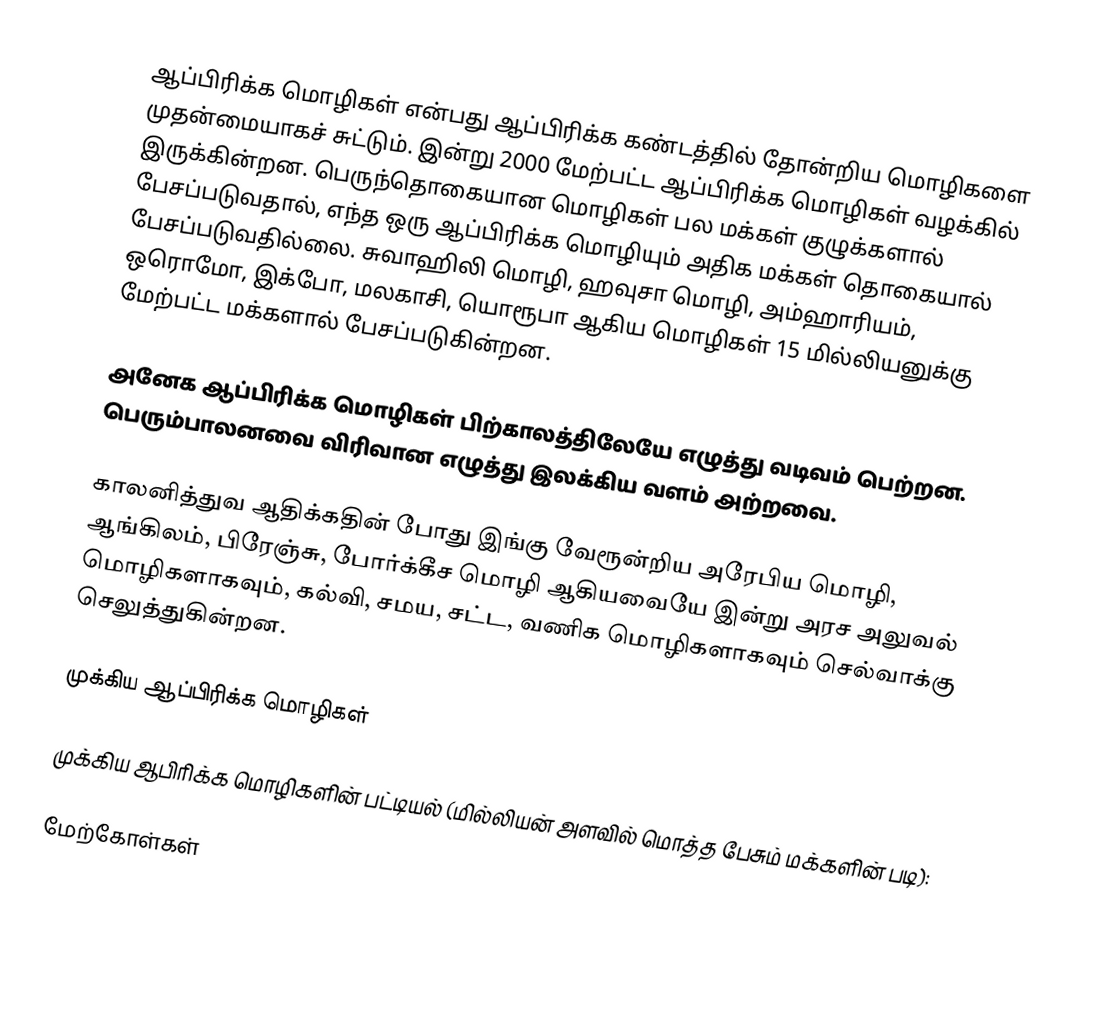
ஆப்பிரிக்க மொழிகள் என்பது ஆப்பிரிக்க கண்டத்தில் தோன்றிய மொழிகளை முதன்மையாகச் சுட்டும். இன்று 2000 மேற்பட்ட ஆப்பிரிக்க மொழிகள் வழக்கில் இருக்கின்றன.  பெருந்தொகையான மொழிகள் பல மக்கள் குழுக்களால் பேசப்படுவதால், எந்த ஒரு ஆப்பிரிக்க மொழியும் அதிக மக்கள் தொகையால் பேசப்படுவதில்லை. சுவாஹிலி மொழி, ஹவுசா மொழி, அம்ஹாரியம், ஒரொமோ, இக்போ, மலகாசி, யொரூபா ஆகிய மொழிகள் 15 மில்லியனுக்கு மேற்பட்ட மக்களால் பேசப்படுகின்றன.

அனேக ஆப்பிரிக்க மொழிகள் பிற்காலத்திலேயே எழுத்து வடிவம் பெற்றன. பெரும்பாலனவை விரிவான எழுத்து இலக்கிய வளம் அற்றவை.

காலனித்துவ ஆதிக்கதின் போது இங்கு வேரூன்றிய அரேபிய மொழி, ஆங்கிலம், பிரேஞ்சு, போர்க்கீச மொழி ஆகியவையே இன்று அரச அலுவல் மொழிகளாகவும், கல்வி, சமய, சட்ட, வணிக மொழிகளாகவும் செல்வாக்கு செலுத்துகின்றன.

முக்கிய ஆப்பிரிக்க மொழிகள்

முக்கிய ஆபிரிக்க மொழிகளின் பட்டியல் (மில்லியன் அளவில் மொத்த பேசும் மக்களின் படி):

மேற்கோள்கள்